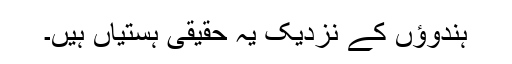
ہندوؤں کے نزدیک یہ حقیقی ہستیاں ہیں۔